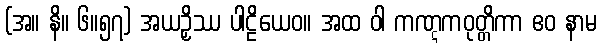
(အ။ နိ။ ၆။၅၇) အယဉှိဿ ပါဠိယေဝ။ အထ ဝါ ကဏ္ဋကဝုတ္တိကာ ဧဝ နာမ